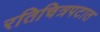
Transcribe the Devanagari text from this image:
रतिचित्रपटात